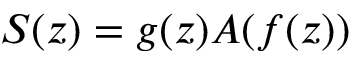
S ( z ) = g ( z ) A ( f ( z ) )